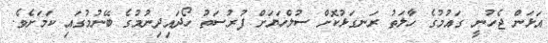
އަޅަން ޖެހުނީ ގައުމުގެ ހާލަތު ރަނގަޅުކޮށް ސުލްހަޔަށް ފުރުސަތު ހޯދައިދިނުމުގެ ބޭނުމުގައި ކަމަށެވެ.